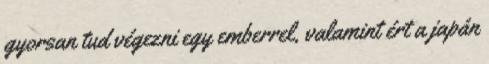
gyorsan tud végezni egy emberrel, valamint ért a japán